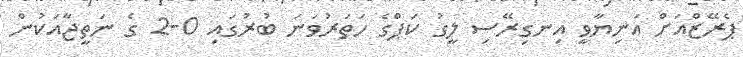
ޕެރޭޒްއަށް އަނިޔާވީ އިނގިރޭސި ލީގު ކަޕްގެ ހަތަރުވަނަ ބުރުގައި 0-2 ގެ ނަތީޖާއަކުން